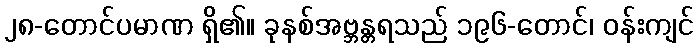
၂၈-တောင်ပမာဏ ရှိ၏။ ခုနစ်အဗ္ဘန္တရသည် ၁၉၆-တောင်၊ ဝန်းကျင်